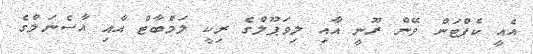
އެއީ ކެޕްޓަން ވޭން ރޫނީ އާއި ލިވަޕޫލްގެ ރިކީ ލަމްބާޓް އާއި އާސެނަލްގެ